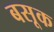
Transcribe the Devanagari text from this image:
बसूक